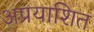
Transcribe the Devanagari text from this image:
अप्रयाशित